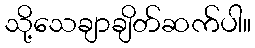
သို့သေချာချိတ်ဆက်ပါ။